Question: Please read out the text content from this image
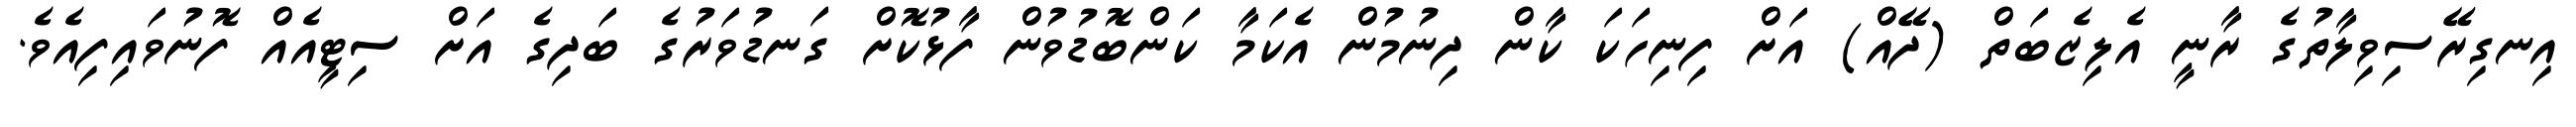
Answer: އިނގިރޭސިވިލާތުގެ ރާނީ އެލިޒެބަތް (ދޭއް) އަށް ފިނިހަކަ ކާން ދިނުމުން އެކަމާ ކަންބޮޑުވުން ފާޅުކޮށް ގަނޑުވަރުގެ ބަދިގެ އަށް ސިޓީއެއް ފޮނުވައިފިއެވެ.